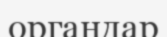
органдар